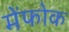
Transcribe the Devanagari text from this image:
मेंफोक